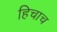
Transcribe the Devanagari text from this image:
हिचाच